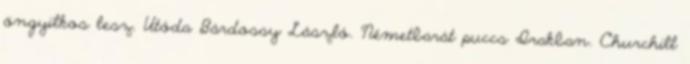
öngyilkos lesz. Utóda Bárdossy László. Németbarát puccs Irakban. Churchill